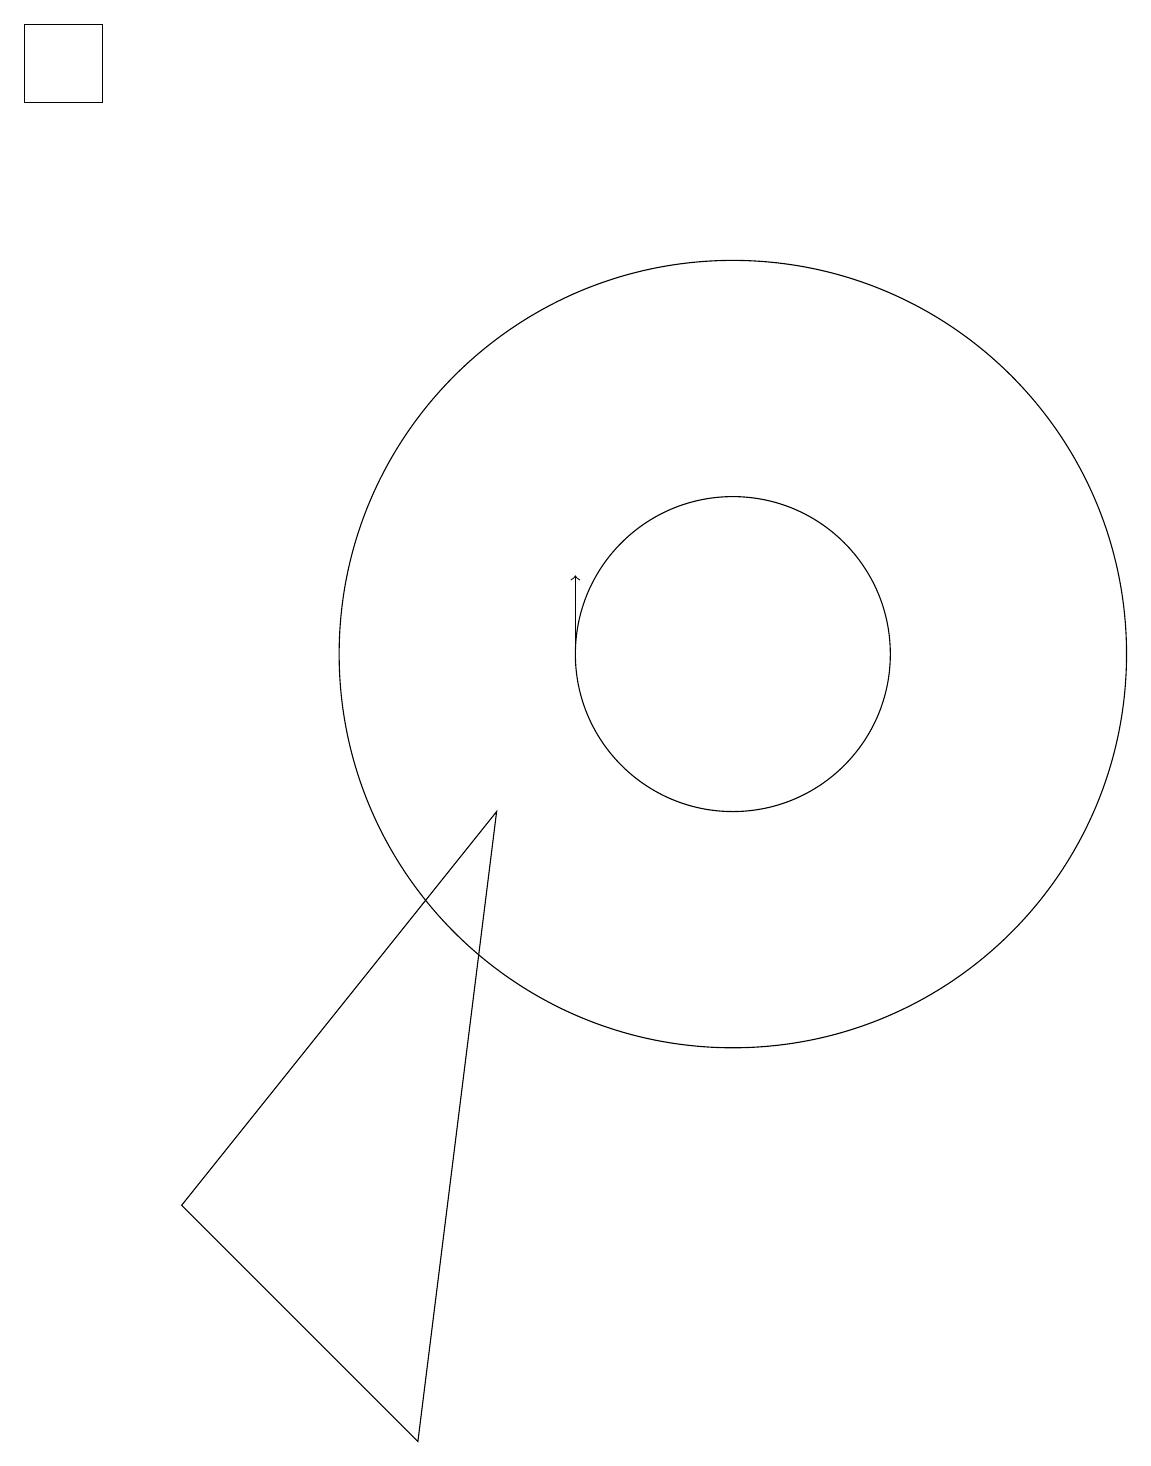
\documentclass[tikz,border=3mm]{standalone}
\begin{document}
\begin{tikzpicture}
\draw (8,9) -- (7,1) -- (4,4) -- cycle;
\draw (2,18) rectangle (3,19);
\draw (11,11) circle (5);
\draw (11,11) circle (2);
\draw[->] (9,11) -- (9,12);
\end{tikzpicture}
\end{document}